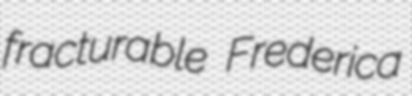
fracturable Frederica